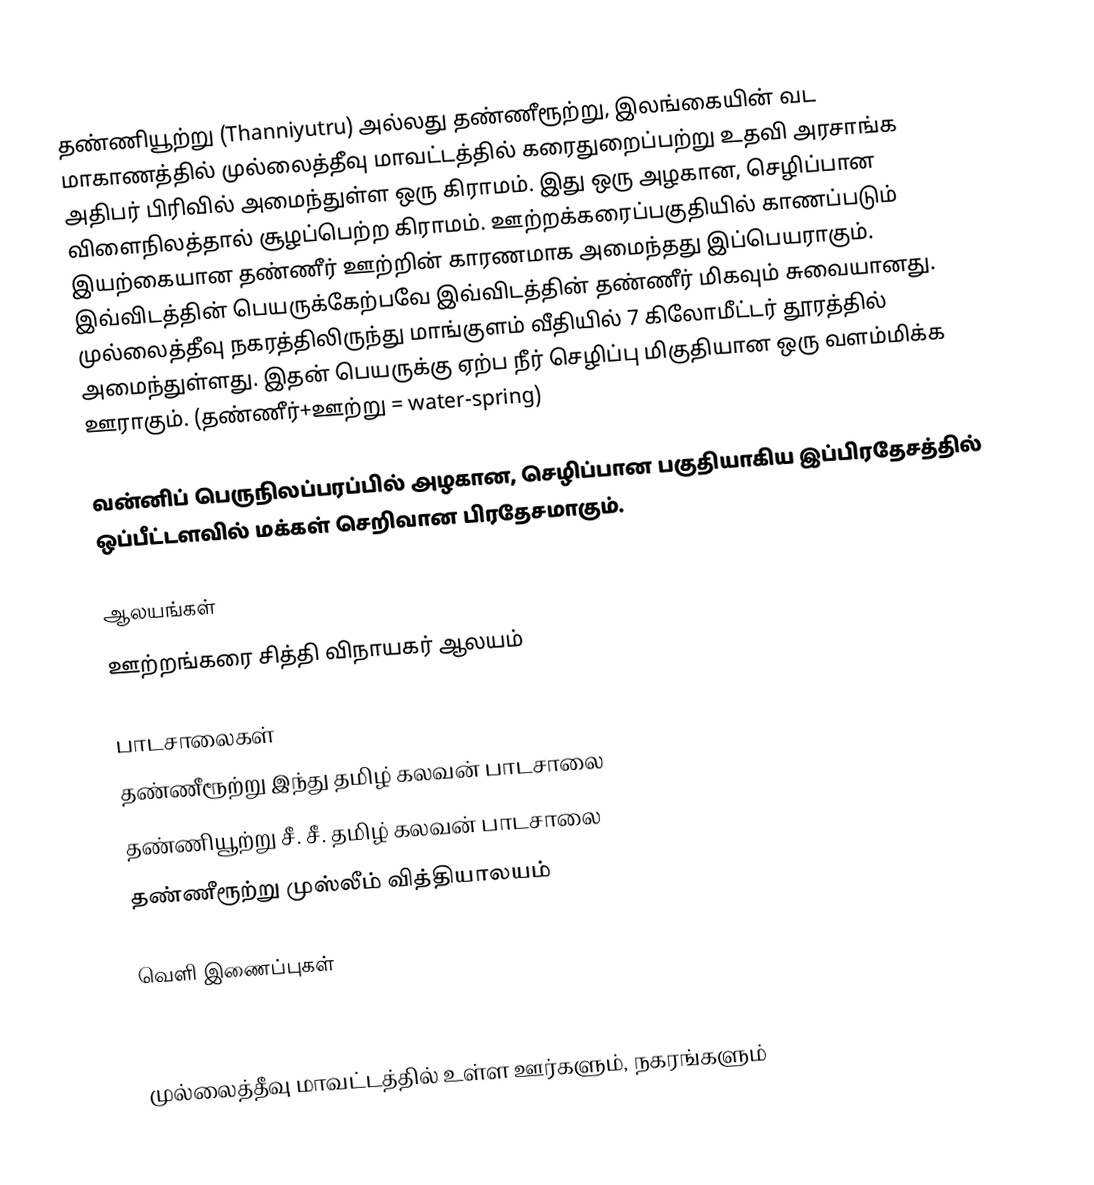
தண்ணியூற்று (Thanniyutru) அல்லது தண்ணீரூற்று, இலங்கையின் வட மாகாணத்தில் முல்லைத்தீவு மாவட்டத்தில் கரைதுறைப்பற்று உதவி அரசாங்க அதிபர் பிரிவில் அமைந்துள்ள ஒரு கிராமம். இது ஒரு அழகான, செழிப்பான விளைநிலத்தால் சூழப்பெற்ற கிராமம். ஊற்றக்கரைப்பகுதியில் காணப்படும் இயற்கையான தண்ணீர் ஊற்றின் காரணமாக அமைந்தது இப்பெயராகும். இவ்விடத்தின் பெயருக்கேற்பவே இவ்விடத்தின் தண்ணீர் மிகவும் சுவையானது. முல்லைத்தீவு நகரத்திலிருந்து மாங்குளம் வீதியில் 7 கிலோமீட்டர் தூரத்தில் அமைந்துள்ளது. இதன் பெயருக்கு ஏற்ப நீர் செழிப்பு மிகுதியான ஒரு வளம்மிக்க ஊராகும். (தண்ணீர்+ஊற்று = water-spring)

வன்னிப் பெருநிலப்பரப்பில் அழகான, செழிப்பான பகுதியாகிய இப்பிரதேசத்தில் ஒப்பீட்டளவில் மக்கள் செறிவான பிரதேசமாகும்.

ஆலயங்கள்
 ஊற்றங்கரை சித்தி விநாயகர் ஆலயம்

பாடசாலைகள்
 தண்ணீரூற்று இந்து தமிழ் கலவன் பாடசாலை
 தண்ணியூற்று சீ. சீ. தமிழ் கலவன் பாடசாலை
 தண்ணீரூற்று முஸ்லீம் வித்தியாலயம்

வெளி இணைப்புகள்

முல்லைத்தீவு மாவட்டத்தில் உள்ள ஊர்களும், நகரங்களும்